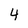
Character: 4